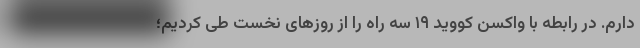
دارم. در رابطه با واکسن کووید ۱۹ سه راه را از روزهای نخست طی کردیم؛